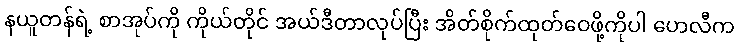
နယူတန်ရဲ့ စာအုပ်ကို ကိုယ်တိုင် အယ်ဒီတာလုပ်ပြီး အိတ်စိုက်ထုတ်ဝေဖို့ကိုပါ ဟေလီက